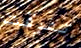
تفوقت